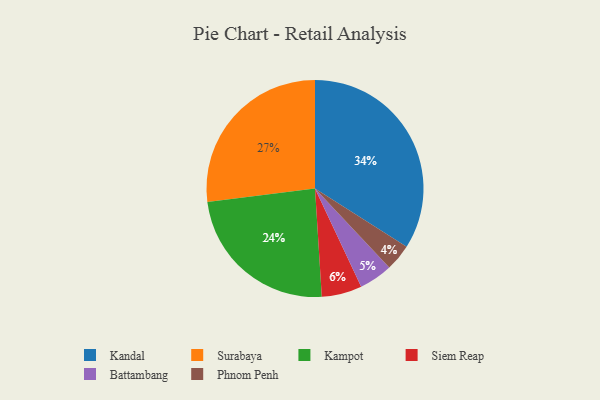
{"axis": {"x": "Category", "y": "Percentage"}, "legend": ["Battambang", "Kampot", "Kandal", "Phnom Penh", "Siem Reap", "Surabaya"], "data": [{"x": "Kampot", "y": 24, "type": "Kampot"}, {"x": "Battambang", "y": 5, "type": "Battambang"}, {"x": "Surabaya", "y": 27, "type": "Surabaya"}, {"x": "Siem Reap", "y": 6, "type": "Siem Reap"}, {"x": "Phnom Penh", "y": 4, "type": "Phnom Penh"}, {"x": "Kandal", "y": 34, "type": "Kandal"}]}